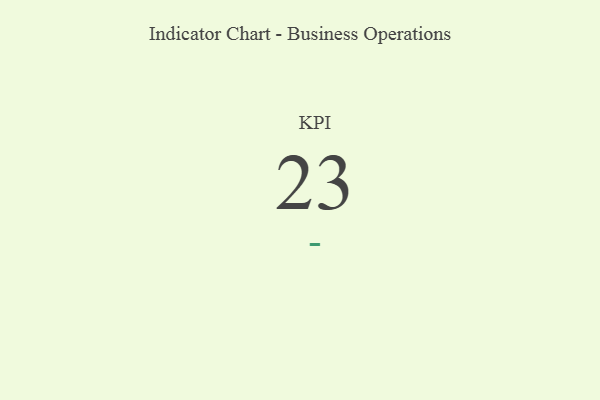
{"axis": {"x": "KPI", "y": "Value"}, "legend": [""], "data": [{"x": "KPI", "y": 23, "type": ""}]}